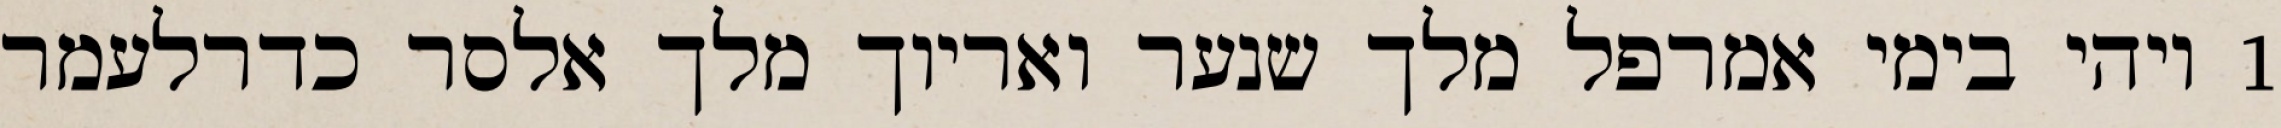
1 ויהי בימי אמרפל מלך שנער ואריוך מלך אלסר כדרלעמר